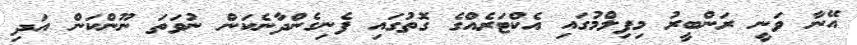
އޭނާ ވަނީ ރަންބީރު މިފިލްމުގައި އެކްޓަރެއްގެ ގޮތުގައި ފެނިގެންދާނެކަން ނުވަތަ ނޫންކަން އަދި